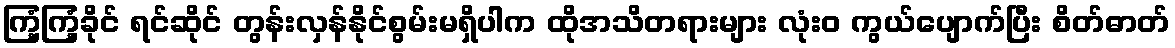
ကြံ့ကြံ့ခိုင် ရင်ဆိုင် တွန်းလှန်နိုင်စွမ်းမရှိပါက ထိုအသိတရားများ လုံးဝ ကွယ်ပျောက်ပြီး စိတ်ဓာတ်